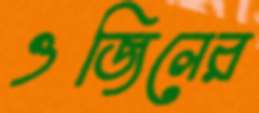
ওজিলের